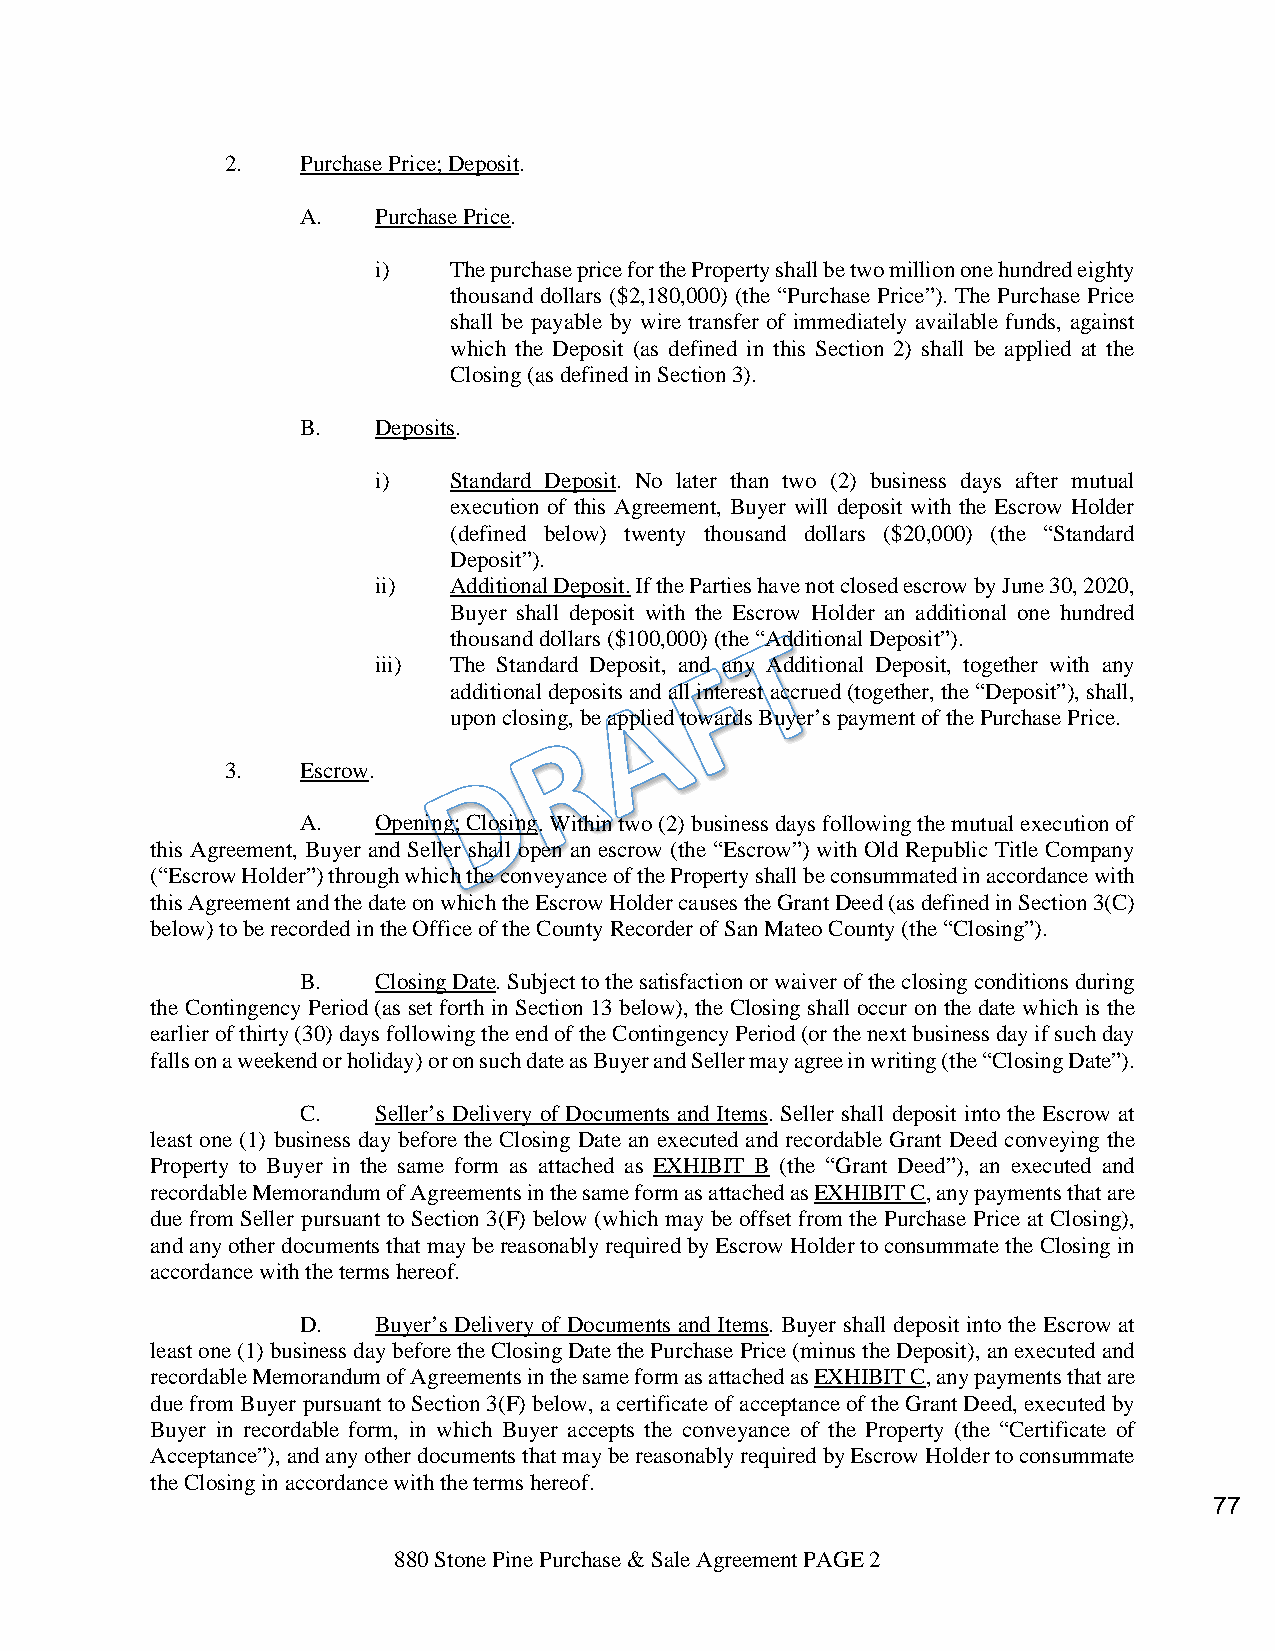
2.   Purchase Price; Deposit.
 A.   Purchase Price.
 i)   The purchase price for the Property shall be two million one hundred eighty
 thousand dollars ($2,180,000) (the “Purchase Price”). The Purchase Price
 shall be payable by wire transfer of immediately available funds, against
 which the Deposit (as defined in this Section 2) shall be applied at the
 Closing (as defined in Section 3).
 B.   Deposits.
 i)   Standard Deposit. No later than two (2) business days after mutual
 execution of this Agreement, Buyer will deposit with the Escrow Holder
 (defined below) twenty thousand dollars ($20,000) (the “Standard
 Deposit”).
 ii)  Additional Deposit. If the Parties have not closed escrow by June 30, 2020,
 Buyer shall deposit with the Escrow Holder an additional one hundred
 thousand dollars ($100,000) (the “Additional Deposit”).
 iii) The Standard Deposit, and any Additional Deposit, together with any
 additional deposits and all interest accrued (together, the “Deposit”), shall,
 upon closing, be applied towards Buyer’s payment of the Purchase Price.
 3.   Escrow.
 A.   Opening; Closing. Within two (2) business days following the mutual execution of
 this Agreement, Buyer and Seller shall open an escrow (the “Escrow”) with Old Republic Title Company
 (“Escrow Holder”) through which the conveyance of the Property shall be consummated in accordance with
 this Agreement and the date on which the Escrow Holder causes the Grant Deed (as defined in Section 3(C)
 below) to be recorded in the Office of the County Recorder of San Mateo County (the “Closing”).
 B.   Closing Date. Subject to the satisfaction or waiver of the closing conditions during
 the Contingency Period (as set forth in Section 13 below), the Closing shall occur on the date which is the
 earlier of thirty (30) days following the end of the Contingency Period (or the next business day if such day
 falls on a weekend or holiday) or on such date as Buyer and Seller may agree in writing (the “Closing Date”).
 C.   Seller’s Delivery of Documents and Items. Seller shall deposit into the Escrow at
 least one (1) business day before the Closing Date an executed and recordable Grant Deed conveying the
 Property to Buyer in the same form as attached as EXHIBIT B (the “Grant Deed”), an executed and
 recordable Memorandum of Agreements in the same form as attached as EXHIBIT C, any payments that are
 due from Seller pursuant to Section 3(F) below (which may be offset from the Purchase Price at Closing),
 and any other documents that may be reasonably required by Escrow Holder to consummate the Closing in
 accordance with the terms hereof.
 D.   Buyer’s Delivery of Documents and Items. Buyer shall deposit into the Escrow at
 least one (1) business day before the Closing Date the Purchase Price (minus the Deposit), an executed and
 recordable Memorandum of Agreements in the same form as attached as EXHIBIT C, any payments that are
 due from Buyer pursuant to Section 3(F) below, a certificate of acceptance of the Grant Deed, executed by
 Buyer in recordable form, in which Buyer accepts the conveyance of the Property (the “Certificate of
 Acceptance”), and any other documents that may be reasonably required by Escrow Holder to consummate
 the Closing in accordance with the terms hereof.
 77
 880 Stone Pine Purchase & Sale Agreement PAGE 2